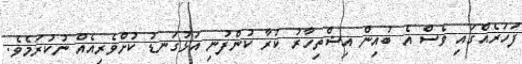
ފަހަރެއްގައި ވެސް އެ ބުއިން އިޝްތިހާރު ކުރާ ކުންފުނި އަޅުގަނޑު ކުށްވެރިއެއް ނުކުރަމެވެ.